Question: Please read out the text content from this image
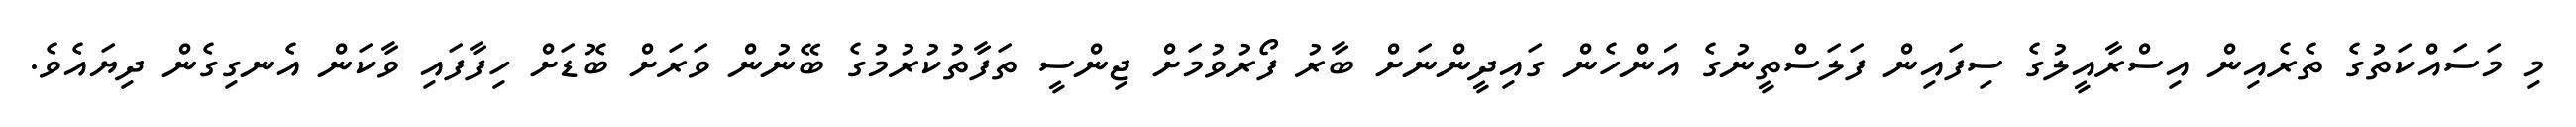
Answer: މި މަސައްކަތުގެ ތެރެއިން އިސްރާއީލުގެ ސިފައިން ފަލަސްތީނުގެ އަންހެން ގައިދީންނަށް ބާރު ފޯރުވުމަށް ޖިންސީ ތަފާތުކުރުމުގެ ބޭނުން ވަރަށް ބޮޑަށް ހިފާފައި ވާކަން އެނގިގެން ދިޔައެވެ.